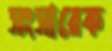
সংসারেক